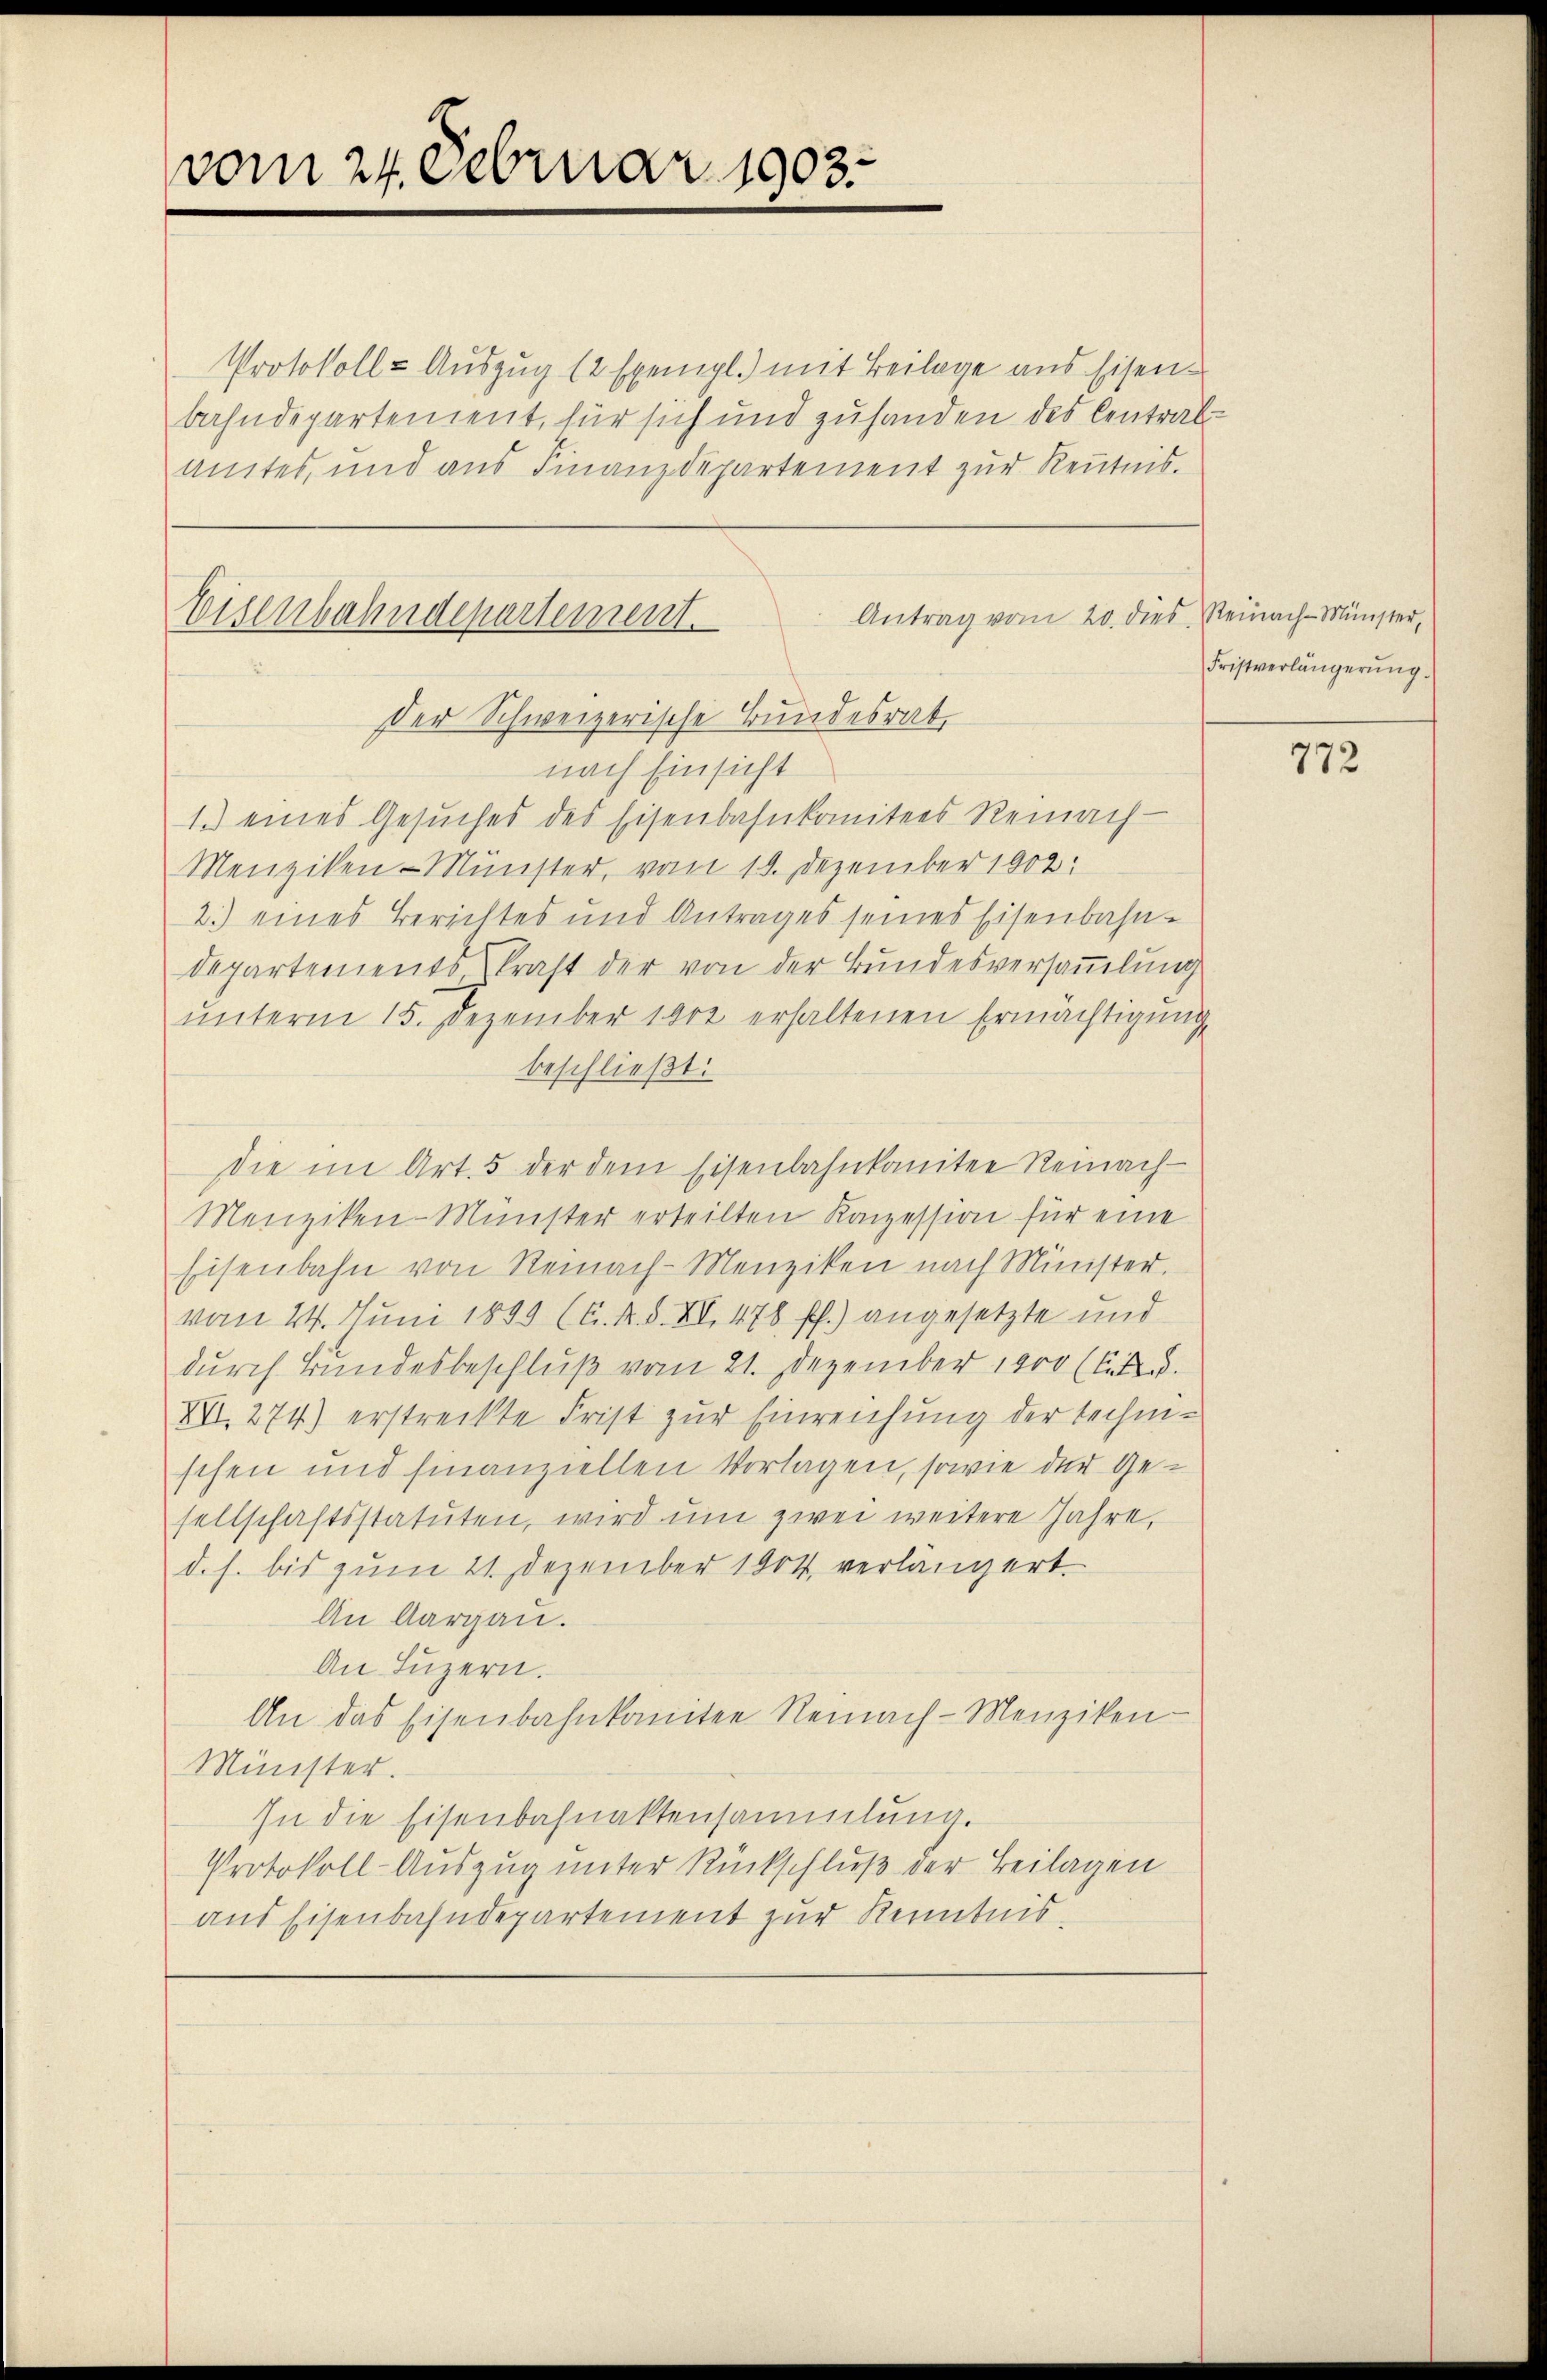
vom 24. Februar 1903.

Protokoll-Auszug 12 Exempl.) mit Beilage aus Eisenbahndepartement, für sich und zusanden des Central¬
Amtes, und aus Finanzdepartement zur Kenntnis.

Eisenbahndepartement.
Der Schweizerische Bundesrat

Antrag vom 20. dies Reinach Münster,

nach Einsicht
1. eines Gesŭches des Eisenbahnkomitees Reinach
Menziken-Münster, vom 19. Dezember 1902:
2.) eines Berichtes und Antrages seines Eisenbahndepartements, kraft der von der Bundesversamlung
ŭnterm 15. Dezember 1902 erhaltenen Ermächtigung
beschließt:
die im Art. 5 der dem Eisenbahnkomitee Reinach-
Menziken-Münster erteilten Ronzession für eine
Eisenbahn von Reinach-Menziken nach Minister.
vom 24. Juni 1899 (C. R. S. XV. 478 ff.) angesetzte und
durch Bundesbeschluß vom 21. Dezember 1900 (lit.
XVI. 274) erstreckte Frist zur Einreichung der technischen und finanziellen Vorlagen, sowie der Gesellschaftsstatuten, wird um zwei weitere Jahre,
d. h. bis zum 21. Dezember 1904 verlängert
An Aargau.
An Luzern.
An das Eisenbahnkomitee Reinach-Menziken-
Münster.
In die Eisenbahnaktensammlung.
Protokoll-Auszug unter Rückschluß der Beilagen
aus Eisenbahndepartement zur Kenntnis

Fristverlängerŭng.

772